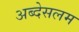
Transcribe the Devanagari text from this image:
अब्देसलम